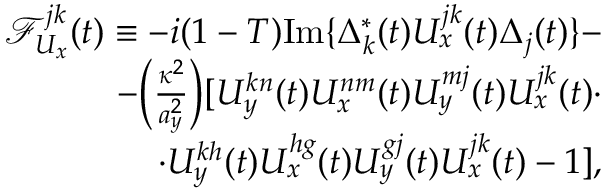
\begin{array} { r } { \mathcal { F } _ { U _ { x } } ^ { j k } ( t ) \equiv - i ( 1 - T ) \mathrm { I m } \{ \Delta _ { k } ^ { * } ( t ) U _ { x } ^ { j k } ( t ) \Delta _ { j } ( t ) \} - } \\ { - \Big ( \frac { \kappa ^ { 2 } } { a _ { y } ^ { 2 } } \Big ) [ U _ { y } ^ { k n } ( t ) U _ { x } ^ { n m } ( t ) U _ { y } ^ { m j } ( t ) U _ { x } ^ { j k } ( t ) \cdot } \\ { \cdot U _ { y } ^ { k h } ( t ) U _ { x } ^ { h g } ( t ) U _ { y } ^ { g j } ( t ) U _ { x } ^ { j k } ( t ) - 1 ] , } \end{array}